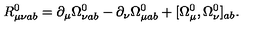
R _ { \mu \nu a b } ^ { 0 } = \partial _ { \mu } \Omega _ { \nu a b } ^ { 0 } - \partial _ { \nu } \Omega _ { \mu a b } ^ { 0 } + [ \Omega _ { \mu } ^ { 0 } , \Omega _ { \nu } ^ { 0 } ] _ { a b } .